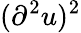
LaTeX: (\partial^{2}u)^{2}